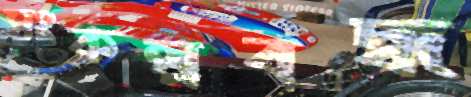
সংকল্পবদ্ধ